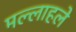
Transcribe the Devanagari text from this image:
मल्लाहले